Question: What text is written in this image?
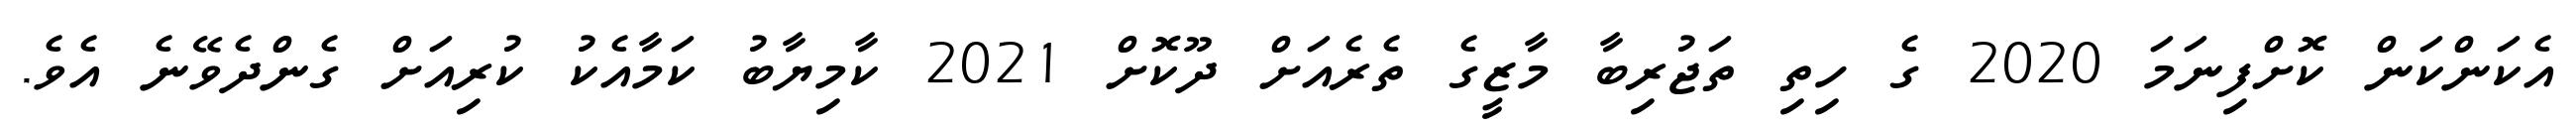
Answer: އެކަންކަން ކޮށްފިނަމަ 2020 ގެ ހިތި ތަޖުރިބާ މާޒީގެ ތެރެއަށް ދޫކޮށް 2021 ކާމިޔާބު ކަމާއެކު ކުރިއަށް ގެންދެވޭނެ އެވެ.